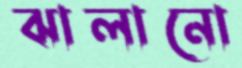
ঝালানো